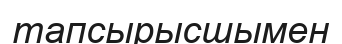
тапсырысшымен